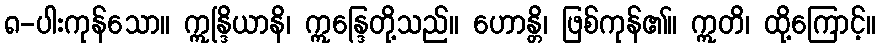
၈-ပါးကုန်သော။ ဣန္ဒြိယာနိ၊ ဣန္ဒြေတို့သည်။ ဟောန္တိ၊ ဖြစ်ကုန်၏။ ဣတိ၊ ထို့ကြောင့်။